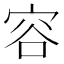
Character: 容